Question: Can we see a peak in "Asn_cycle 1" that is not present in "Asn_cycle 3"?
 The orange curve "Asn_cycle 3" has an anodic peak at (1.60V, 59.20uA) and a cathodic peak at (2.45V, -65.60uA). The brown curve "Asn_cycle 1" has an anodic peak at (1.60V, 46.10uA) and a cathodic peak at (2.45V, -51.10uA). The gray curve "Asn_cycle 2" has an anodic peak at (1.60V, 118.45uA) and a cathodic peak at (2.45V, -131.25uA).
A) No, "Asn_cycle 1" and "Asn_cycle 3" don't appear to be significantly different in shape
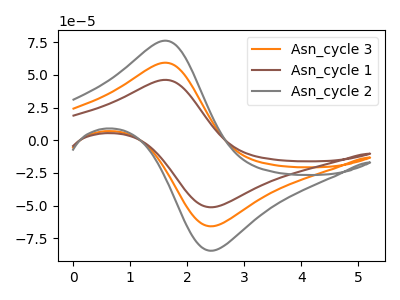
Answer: <think>All the peaks in "Asn_cycle 1" have a peak in "Asn_cycle 3" at the same potential. Every peak in "Asn_cycle 1" is lower than every peak in "Asn_cycle 3".
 </think>
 <answer>A) No, "Asn_cycle 1" and "Asn_cycle 3" don't appear to be significantly different in shape</answer>
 <eval>A</eval>